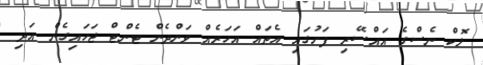
ލޮކް ނެސްގެ އައްސޭރި ފަށުގައި އެތައް އަހަރެއް ވަންދެން ޓެންޓް ޖަހައިގެން އަދި